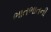
ભાતભાતની